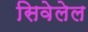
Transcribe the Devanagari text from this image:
सिवेलेल